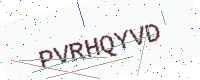
Text: PVRHQYVD